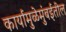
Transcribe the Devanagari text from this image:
कार्यामुळेमुंबईतील